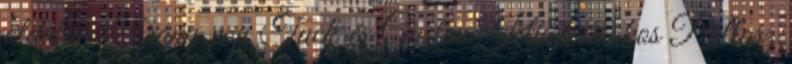
oldalán Frany von Tuck és Gustav Klimt sisakos Pallasz